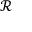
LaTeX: \textstyle { \mathcal { R } }